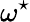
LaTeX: \omega^{\star}